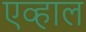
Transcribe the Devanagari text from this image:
एव्हाल